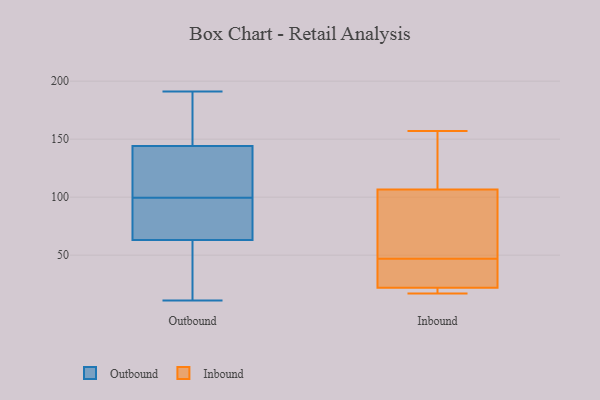
{"axis": {"x": "Shipments", "y": "Value"}, "legend": ["Inbound", "Outbound"], "data": [{"x": "", "y": 105, "type": "Outbound"}, {"x": "", "y": 86, "type": "Outbound"}, {"x": "", "y": 63, "type": "Outbound"}, {"x": "", "y": 38, "type": "Outbound"}, {"x": "", "y": 11, "type": "Outbound"}, {"x": "", "y": 77, "type": "Outbound"}, {"x": "", "y": 153, "type": "Outbound"}, {"x": "", "y": 25, "type": "Outbound"}, {"x": "", "y": 97, "type": "Outbound"}, {"x": "", "y": 170, "type": "Outbound"}, {"x": "", "y": 105, "type": "Outbound"}, {"x": "", "y": 116, "type": "Outbound"}, {"x": "", "y": 191, "type": "Outbound"}, {"x": "", "y": 102, "type": "Outbound"}, {"x": "", "y": 157, "type": "Outbound"}, {"x": "", "y": 144, "type": "Outbound"}, {"x": "", "y": 67, "type": "Outbound"}, {"x": "", "y": 24, "type": "Outbound"}, {"x": "", "y": 157, "type": "Inbound"}, {"x": "", "y": 21, "type": "Inbound"}, {"x": "", "y": 54, "type": "Inbound"}, {"x": "", "y": 145, "type": "Inbound"}, {"x": "", "y": 68, "type": "Inbound"}, {"x": "", "y": 36, "type": "Inbound"}, {"x": "", "y": 23, "type": "Inbound"}, {"x": "", "y": 48, "type": "Inbound"}, {"x": "", "y": 18, "type": "Inbound"}, {"x": "", "y": 46, "type": "Inbound"}, {"x": "", "y": 17, "type": "Inbound"}, {"x": "", "y": 153, "type": "Inbound"}]}